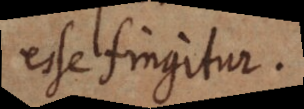
esse fingitur.